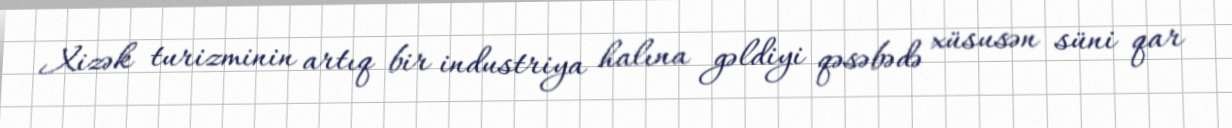
Xizək turizminin artıq bir industriya halına gəldiyi qəsəbədə xüsusən süni qar